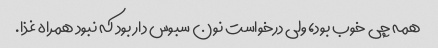
همه چی خوب بود، ولی درخواست نون سبوس دار بود که نبود همراه غذا.